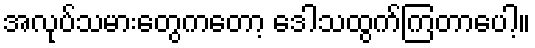
အလုပ်သမားတွေကတော့ ဒေါသထွက်ကြတာပေါ့။